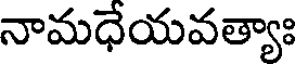
నామధేయవత్యాః